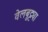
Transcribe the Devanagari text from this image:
वेलबुट्ट्या